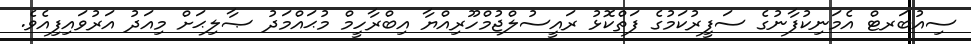
ސިއުބަރޓް އެމަނިކުފާނުގެ ސަފީރުކަމުގެ ފަތްކޮޅު ރައީސުލްޖުމްހޫރިއްޔާ އިބްރާހީމް މުޙައްމަދު ޞާލިޙަށް މިއަދު އަރުވައިފިއެވެ.